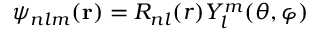
\psi _ { n l m } ( \mathbf { r } ) = R _ { n l } ( r ) Y _ { l } ^ { m } ( \theta , \varphi )